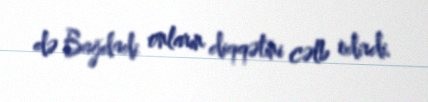
də Bağdadi onların diqqətini cəlb edirdi.